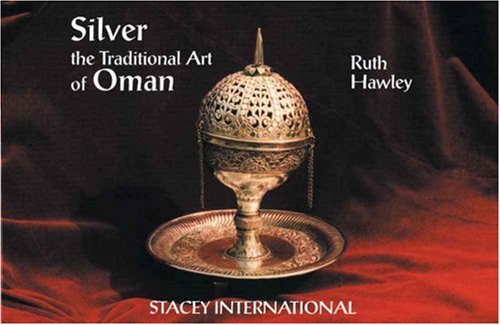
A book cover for Silver: the Traditional Art of Oman; Ruth HAWLEY; History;